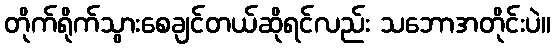
တိုက်ရိုက်သွားစေချင်တယ်ဆိုရင်လည်း သဘောအတိုင်းပဲ။